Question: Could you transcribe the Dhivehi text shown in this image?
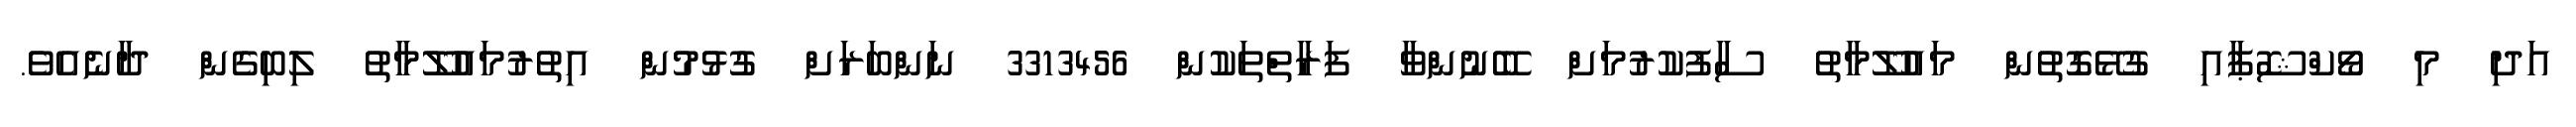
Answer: އަދި މި ވޯކްޝޮޕާއި ގުޅޭގޮތުން މައުލޫމާތު ސާފުކުރުމަށް ބޭނުންވާ ފަރާތްތަކުން 3313456 ނަންބަރަށް ގުޅުމުން އިތުރުމައުލޫމާތު ލިބިގެން ދާނެއެވެ.